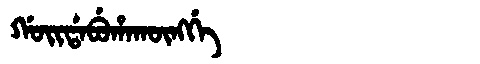
Manchu: ᡤᠣᡳᡩᠠᠪᡠᡥᠠᡴᡡᠩᡤᡝ
Romanization: GOIDABUHAKŪNGGE